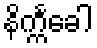
နိက္ကင်္ခေါ